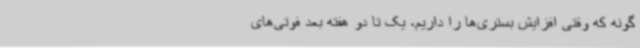
گونه که وقتی افزایش بستری‌ها را داریم، یک تا دو هفته بعد فوتی‌های